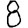
Digit: 8